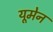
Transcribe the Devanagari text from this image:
यूमेन